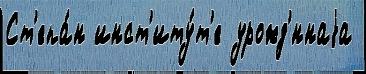
Ст'епа́н инст'иту́т'е урожд'́ннаjа